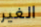
الغير